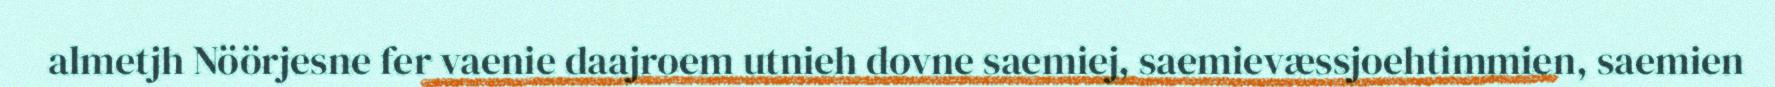
almetjh Nöörjesne fer vaenie daajroem utnieh dovne saemiej, saemievæssjoehtimmien, saemien